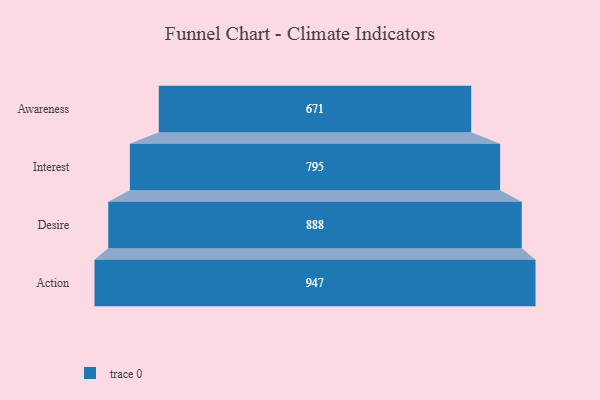
{"axis": {"x": "Stage", "y": "Value"}, "legend": [""], "data": [{"x": "Awareness", "y": 671.0, "type": ""}, {"x": "Interest", "y": 795.0, "type": ""}, {"x": "Desire", "y": 888.0, "type": ""}, {"x": "Action", "y": 947.0, "type": ""}]}